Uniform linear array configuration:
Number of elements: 16
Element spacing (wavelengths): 1
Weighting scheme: binomial
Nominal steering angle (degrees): -60
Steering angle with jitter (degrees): -61.541
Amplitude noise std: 0.05
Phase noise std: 0.05

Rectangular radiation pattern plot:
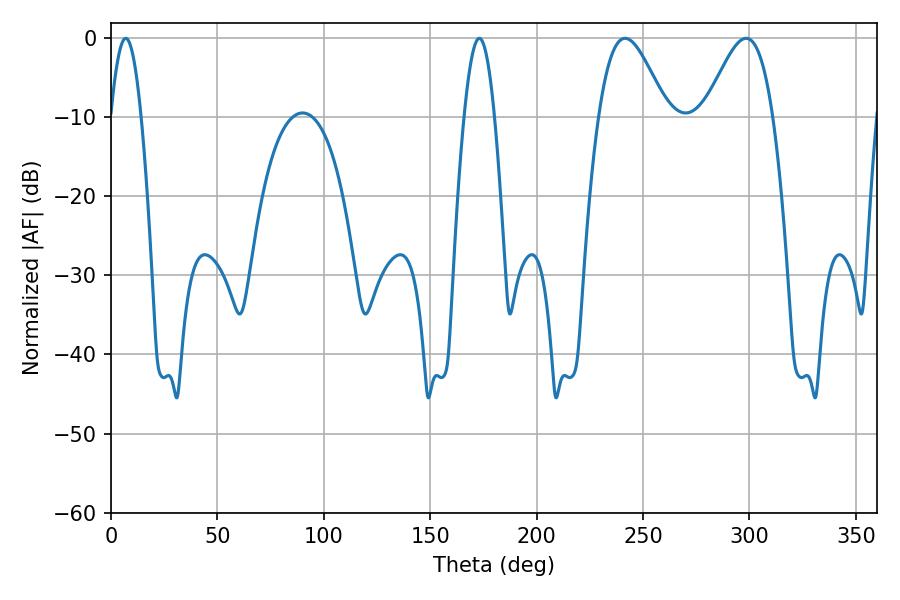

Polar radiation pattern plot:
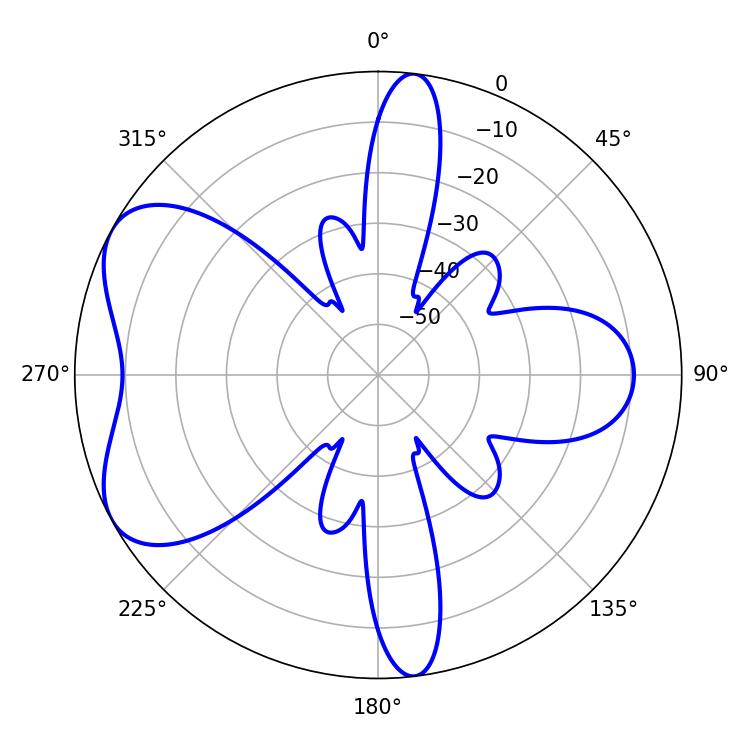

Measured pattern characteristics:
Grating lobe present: TRUE
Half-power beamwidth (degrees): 17.1
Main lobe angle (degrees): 241.56